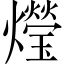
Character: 𤑚